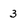
Character: 3